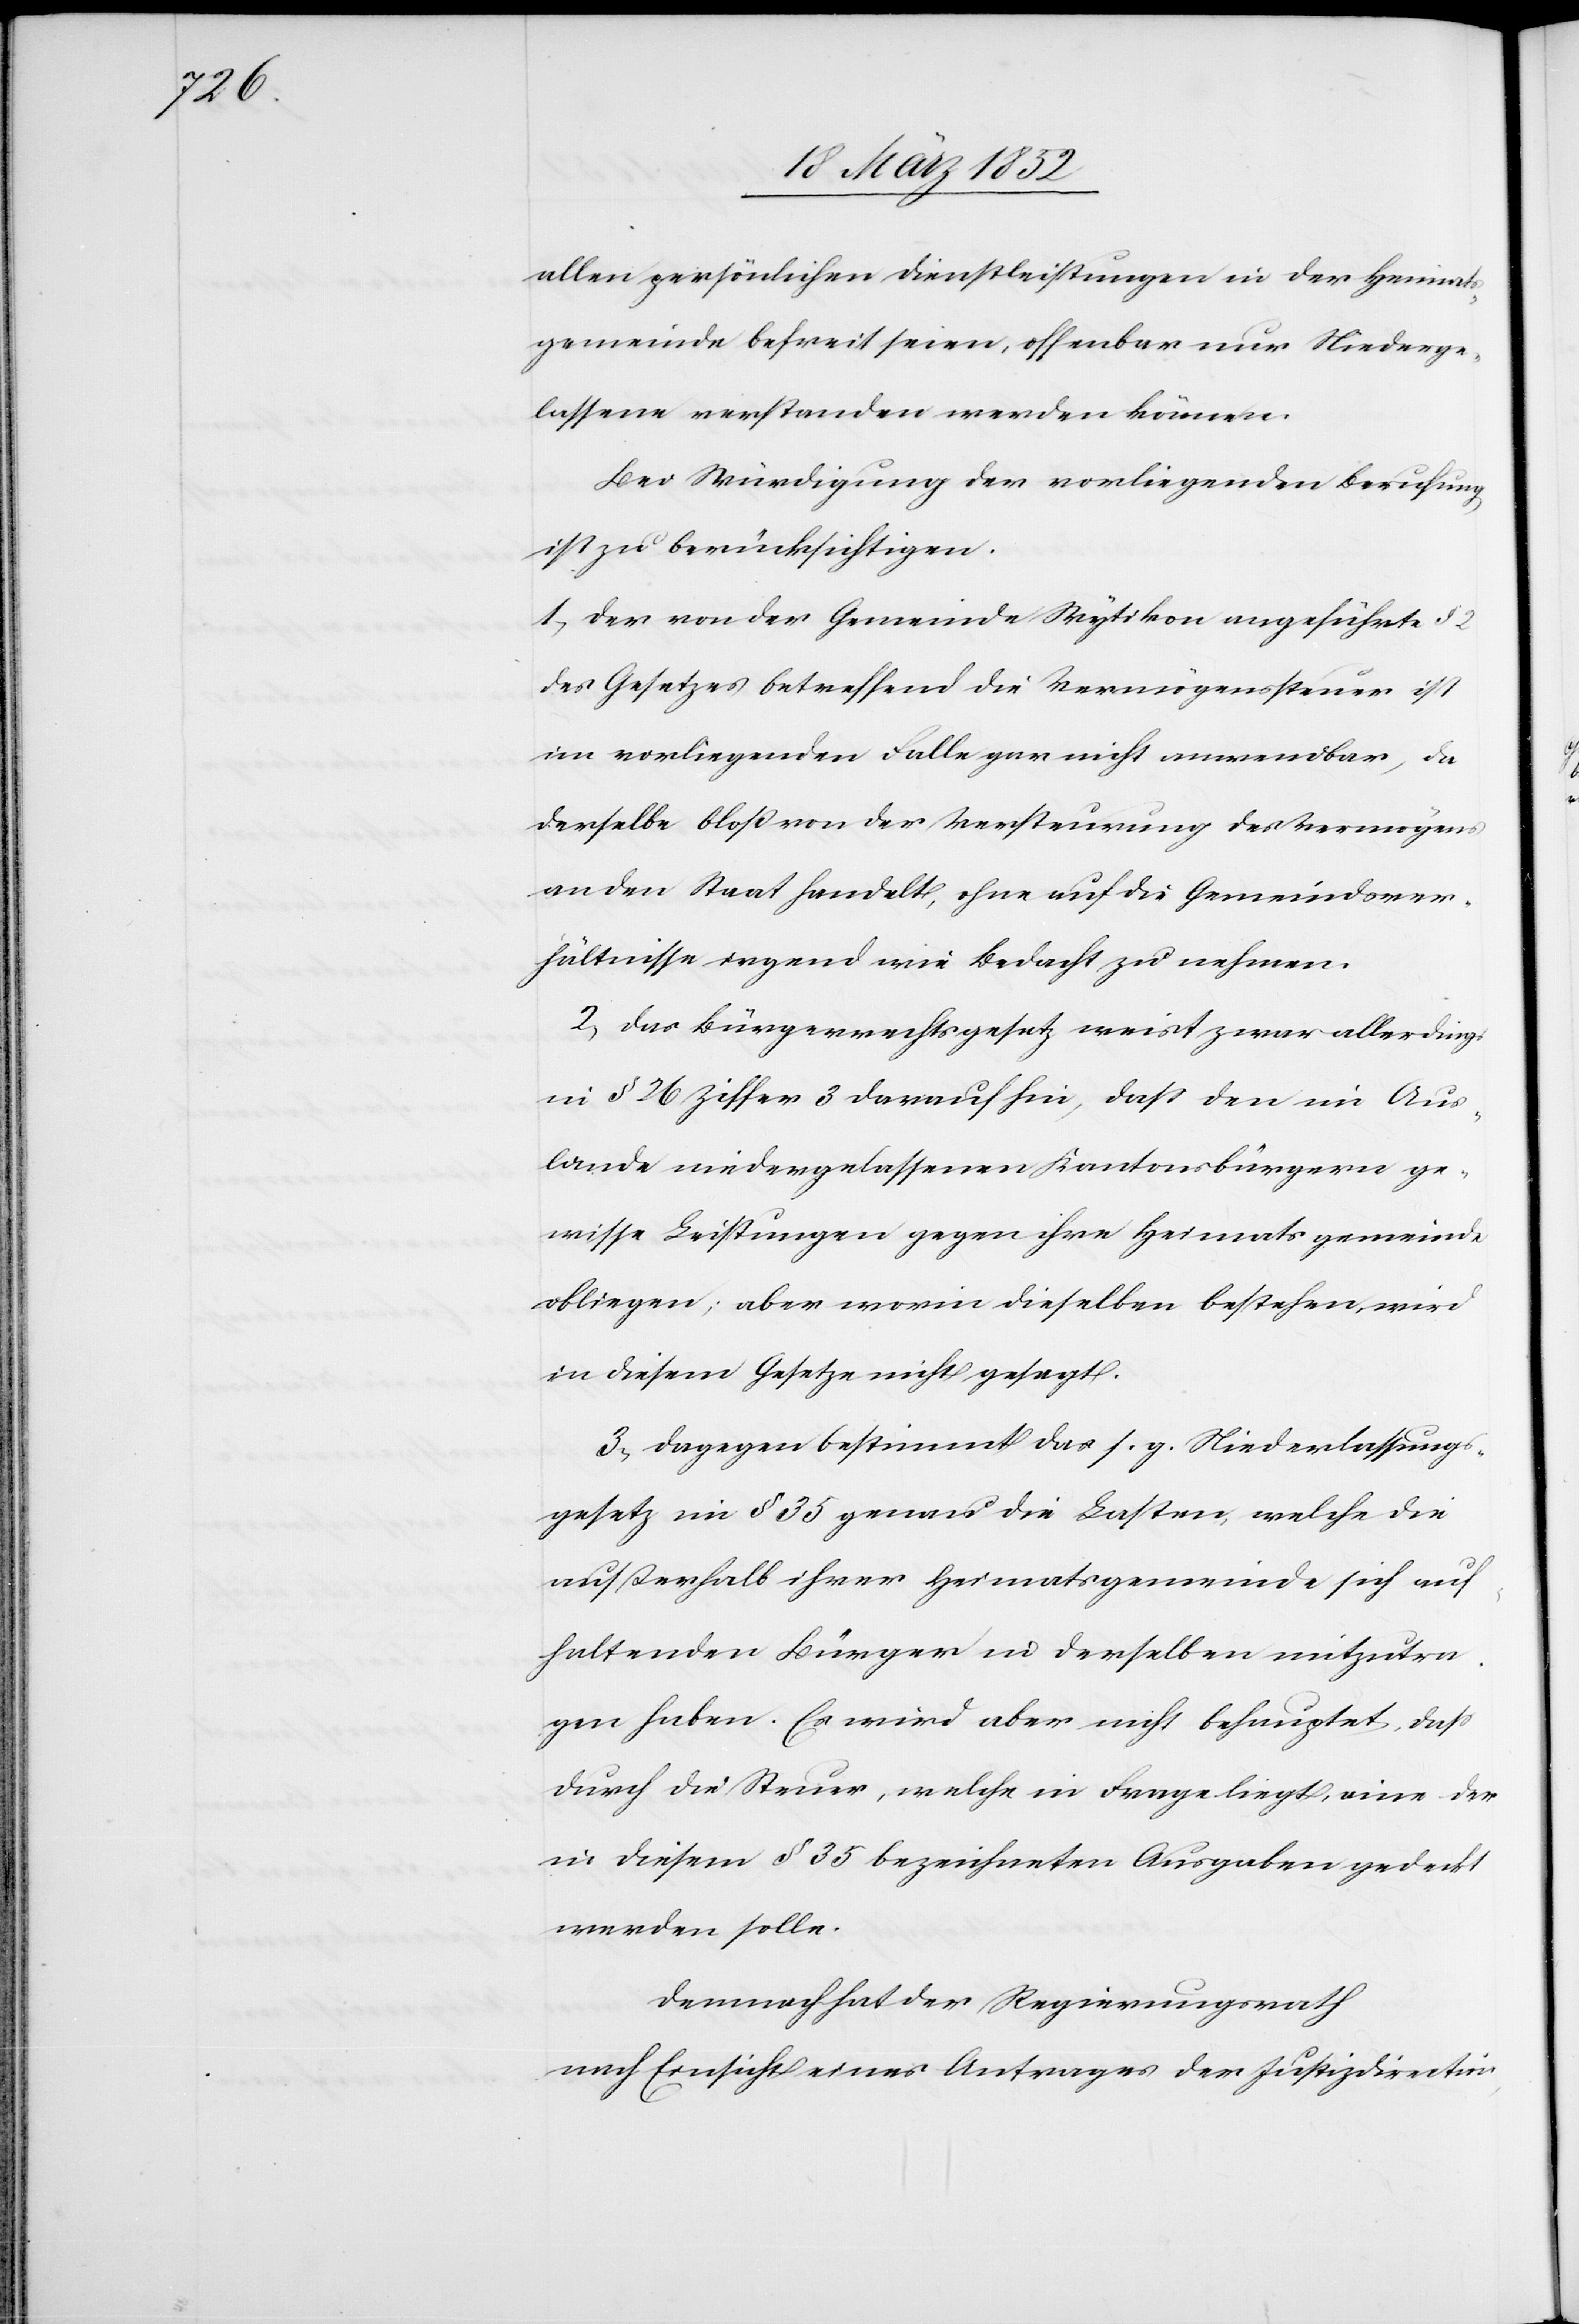
allen persönlichen Dienstleistungen in der Heimats¬
gemeinde befreit seien, offenbar nur Niederge¬
lassene verstanden werden können.
Bei Würdigung der vorliegenden Berufung
ist zu berücksichtigen.
1) Der von der Gemeinde Wytikon angeführte §
des Gesetzes betreffend die Vermögenssteuer ist
im vorliegenden Falle gar nicht anwendbar, da
derselbe bloß von der Versteuerung des Vermögens
an den Staat handelt, ohne auf die Gemeindever¬
hältnisse irgend wie Bedacht zu nehmen.
2) Das Bürgerrechtsgesetz weist zwar allerdings
in § 26 Ziffer 3 darauf hin, daß den im Aus¬
lande niedergelassenen Kantonsbürgern ge¬
wisse Leistungen gegen ihre Heimatsgemeinde
obliegen; aber worin dieselben bestehen, wird
in diesem Gesetze nicht gesagt.
3) Dagegen bestimmt das s. g. Niederlassungs¬
gesetz im § 35 genau die Lasten, welche die
außerhalb ihrer Heimatsgemeinde sich auf¬
haltenden Bürger in derselben mitzutra¬
gen haben. Es wird aber nicht behauptet, daß
durch die Steuer, welche in Frage liegt, eine der
in diesem § 35 bezeichneten Ausgaben gedeckt
werden solle.
Demnach hat der Regierungsrath
nach Einsicht eines Antrages der Justizdirection